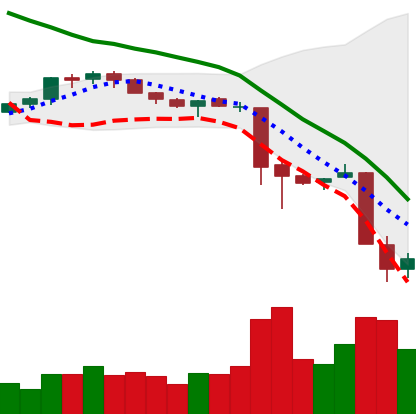
Ticker: XMR-USD
Chart end date: 2018-11-21
Forward return: -22.81%
Label: down_7plus